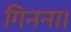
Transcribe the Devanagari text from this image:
गिनना।